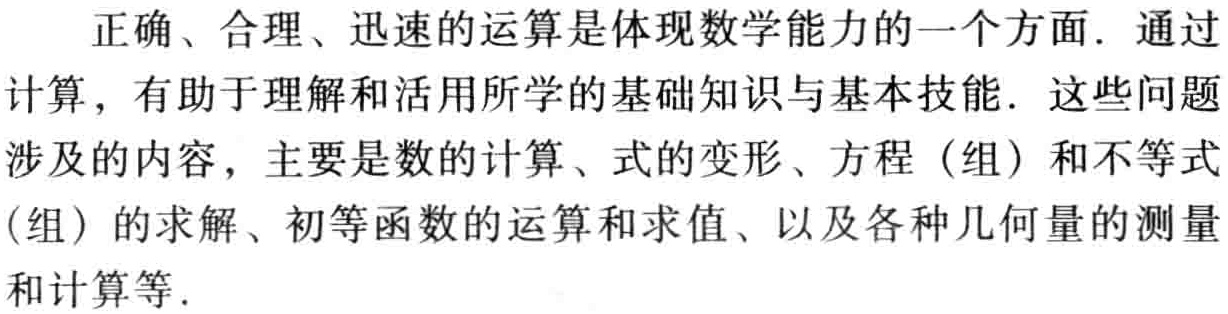
正确、合理、迅速的运算 是体现数学能力的一个方面. 通过计算，有助于理解和活用所学的基础知识与基本技能. 这些问题涉及的内容，主要是数的计算、式的变形、方程（组）和不等式（组）的求解、初等函数的运算和求值、以及各种几何量的测量和计算等.